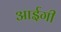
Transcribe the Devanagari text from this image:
आईगी